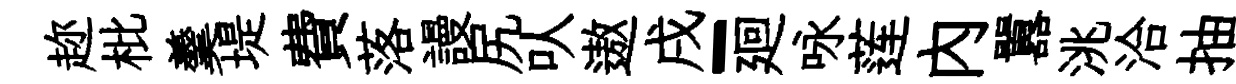
趂枇羹堤費落謾尻㕥遨戌-廻咏莲內囂洮洽抽